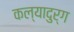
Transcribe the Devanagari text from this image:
कल्यादुर्ग